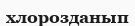
хлорозданып